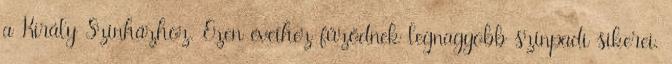
a Király Színházhoz. Ezen éveihez fűződnek legnagyobb színpadi sikerei.